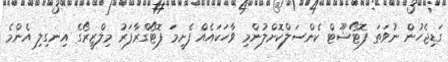
ގަޑިޖެހުން ނުވަތަ ފޮޓޯޝޫޓް ކެންސަލްކޮށްލުންމި ވާހަކައެއް ފެށީމަ ފޮޓޯގްރާފަރު މިލްޒީރޯގެ އިނގިލި އެންމެ